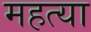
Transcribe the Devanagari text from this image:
महत्या